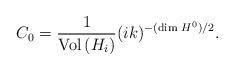
LaTeX: \begin{align*}C_{0}=\frac{1}{{\rm Vol}\,(H_{i})}(ik)^{-(\dim\,H^{0})/2}.\end{align*}